Annual statistical returns and brief notes on vaccination in Bengal - 1909-1929
Year: 1909
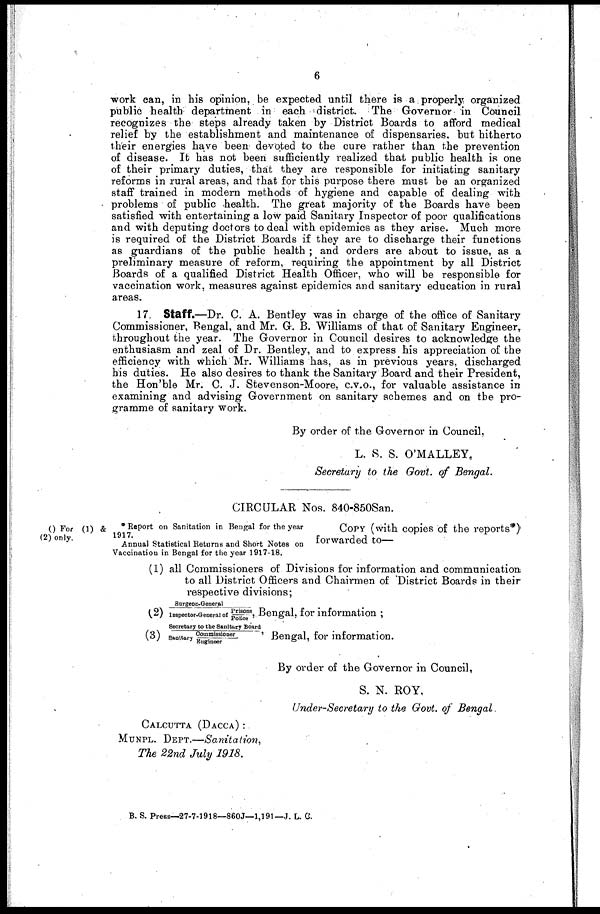
6
work can, in his opinion, be expected until there is a properly organized
public health department in each district. The Governor in Council
recognizes the steps already taken by District Boards to afford medical
relief by the establishment and maintenance of dispensaries, but hitherto
their energies have been devoted to the cure rather than the prevention
of disease. It has not been sufficiently realized that public health is one
of their primary duties, that they are responsible for initiating sanitary
reforms in rural areas, and that for this purpose there must be an organized
staff trained in modern methods of hygiene and capable of dealing with
problems of public health. The great majority of the Boards have been
satisfied with entertaining a low paid Sanitary Inspector of poor qualifications
and with deputing doctors to deal with epidemics as they arise. Much more
is required of the District Boards if they are to discharge their functions
as guardians of the public health ; and orders are about to issue, as a
preliminary measure of reform, requiring the appointment by all District
Boards of a qualified District Health Officer, who will be responsible for
vaccination work, measures against epidemics and sanitary education in rural
areas.
17. Staff.—Dr. C. A. Bentley was in charge of the office of Sanitary
Commissioner, Bengal, and Mr. G. B. Williams of that of Sanitary Engineer,
throughout the year. The Governor in Council desires to acknowledge the
enthusiasm and zeal of Dr. Bentley, and to express his appreciation of the
efficiency with which Mr. Williams has, as in previous years, discharged
his duties. He also desires to thank the Sanitary Board and their President,
the Hon'ble Mr. C. J. Stevenson-Moore, C.V.O., for valuable assistance in
examining and advising Government on sanitary schemes and on the pro-
gramme of sanitary work.
By order of the Governor in Council,
L. S. S. O'MALLEY.
Secretary to the Govt. of Bengal.
CIRCULAR Nos. 840-850San.
() For (1) &
(2) only.
* Report on Sanitation in Bengal for the year
1917.
Annual Statistical Returns and Short Notes on
Vaccination in Bengal for the year 1917-18.
COPY (with copies of the reports*)
forwarded to—
(1) all Commissioners of Divisions for information and communication;
to all District Officers and Chairmen of District Boards in their
respective divisions;
(2)
Surgeon-General
Inspector-General of Police Bengal, for information ;
(3)
Secretary to the Sanitary Board
Commissioner
'
Sanitary Engineer
Bengal, for information.
By order of the Governor in Council,
S. N. ROY,
Under-Secretary to the Govt. of Bengal.
CALCUTTA (DACCA) :
MUNPL. DEPT.—Sanitation,
The 22nd July1918.
B. S. Press—27-7-1918—860J—1,191— J. L. C.